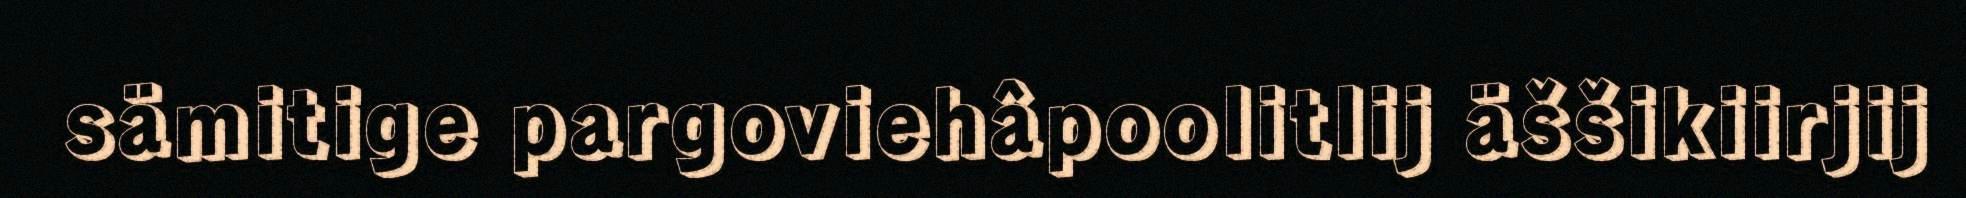
sämitige pargoviehâpoolitlij äššikiirjij